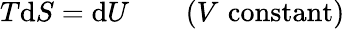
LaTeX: T\mathrm{d}S=\mathrm{d}U\, \, \, \, \, \, \, \, \, \, \, \, (V\, \, {\mathrm{constant)}}